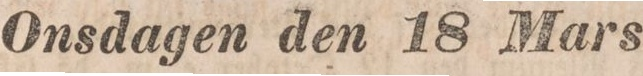
Onsdagen den 18 Mars